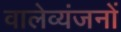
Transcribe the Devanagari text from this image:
वालेव्यंजनों